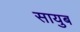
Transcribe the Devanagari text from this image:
सायुब